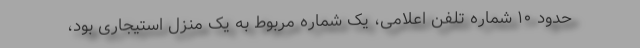
حدود ۱۰ شماره تلفن اعلامی، یک شماره مربوط به یک منزل استیجاری بود،